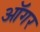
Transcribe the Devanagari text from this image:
ऑगर